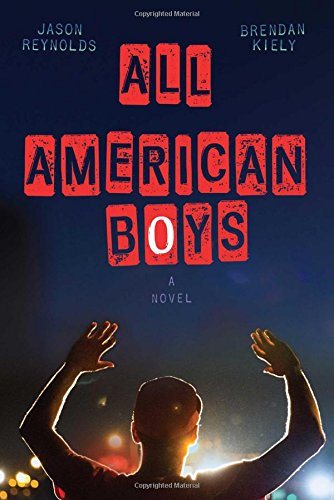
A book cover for All American Boys; Jason Reynolds; Teen & Young Adult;